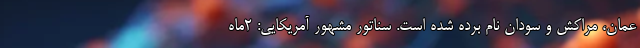
عمان، مراکش و سودان نام برده شده است. سناتور مشهور آمریکایی: 2ماه